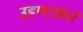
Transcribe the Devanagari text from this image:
उडणखार